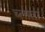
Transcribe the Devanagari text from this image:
च्लाता